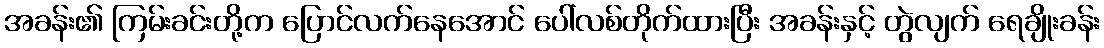
အခန်း၏ ကြမ်းခင်းတို့က ပြောင်လက်နေအောင် ပေါ်လစ်တိုက်ထားပြီး အခန်းနှင့် တွဲလျက် ရေချိုးခန်း